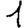
Digit: 1